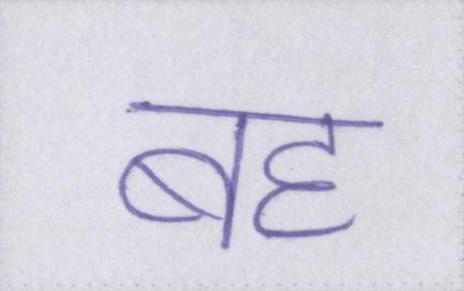
बह